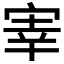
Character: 𫳐